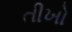
તીખો